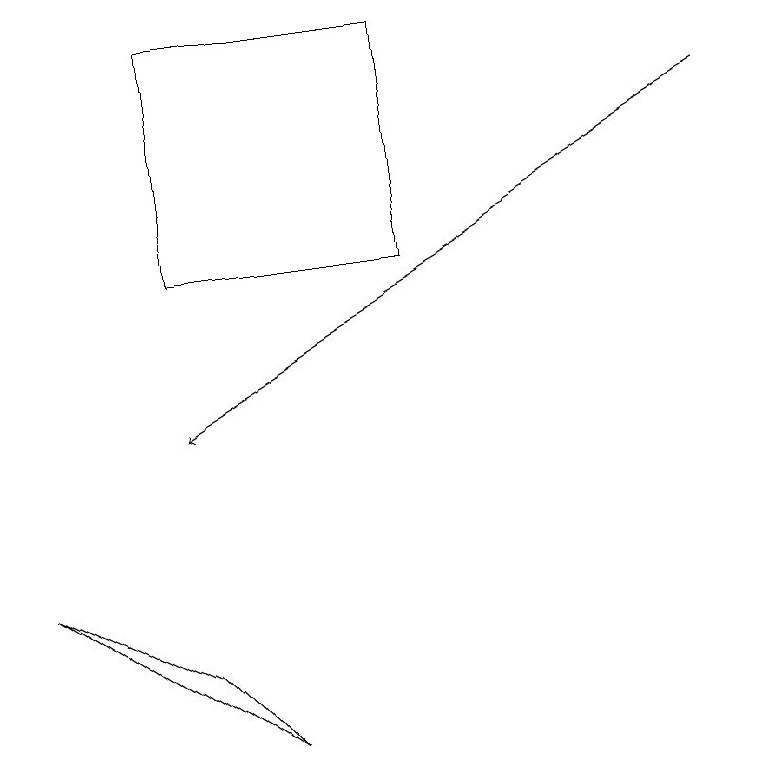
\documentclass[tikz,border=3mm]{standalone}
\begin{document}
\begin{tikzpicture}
\draw (2,8) -- (3,7) -- (0,9) -- cycle;
\draw (2,16) rectangle (5,13);
\draw[->] (9,15) -- (2,11);
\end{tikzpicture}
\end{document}